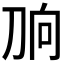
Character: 𰄫